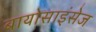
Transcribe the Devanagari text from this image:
बायोसाइंसेज